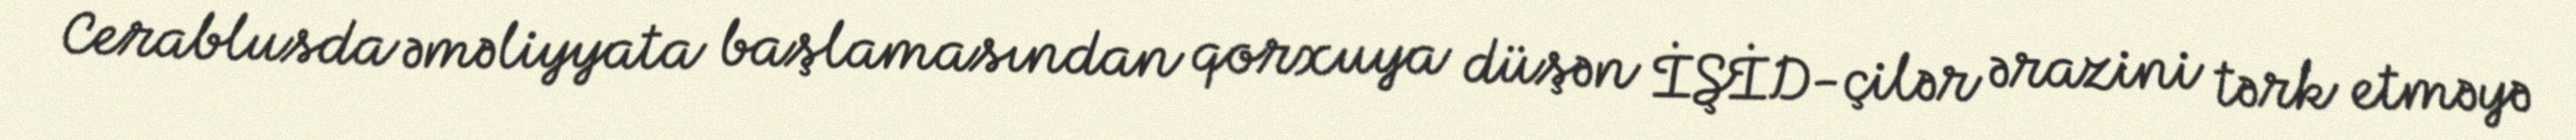
Cerablusda əməliyyata başlamasından qorxuya düşən İŞİD-çilər ərazini tərk etməyə